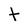
Character: T